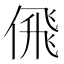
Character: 𠋉